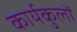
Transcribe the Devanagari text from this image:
कार्यकुलों